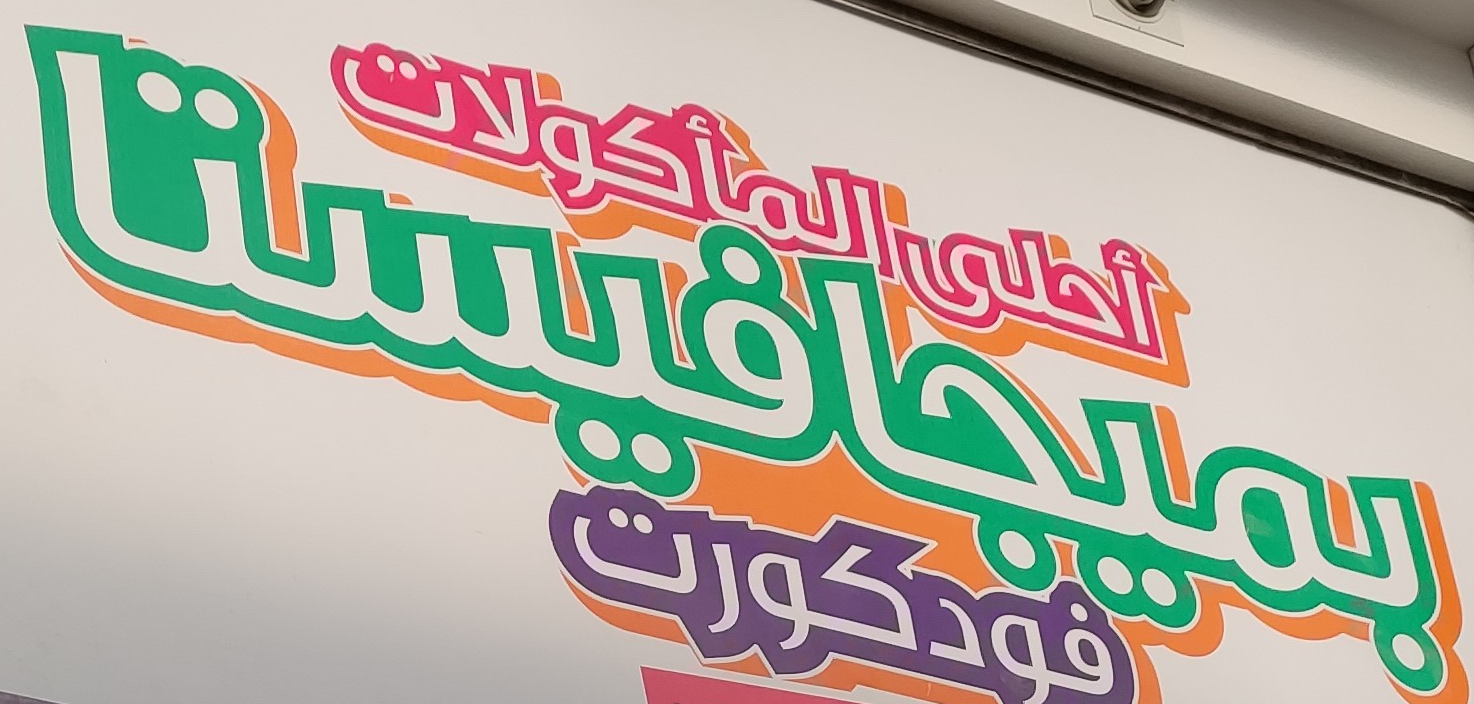
بميجافيستا